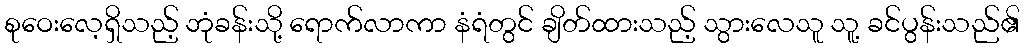
စုဝေးလေ့ရှိသည့် ဘုံခန်းသို့ ရောက်လာကာ နံရံတွင် ချိတ်ထားသည့် သွားလေသူ သူ့ ခင်ပွန်းသည်၏